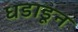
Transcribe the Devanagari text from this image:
धडाडून